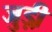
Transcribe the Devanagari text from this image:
जुड़ी़